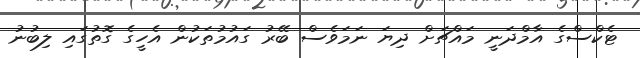
ޓެކްސްގެ އާމްދަނީ މައްޗަށް ދިޔަ ނަމަވެސް ބޭރު ގައުމުތަކުން އެހީގެ ގޮތުގައި ލިބުނު